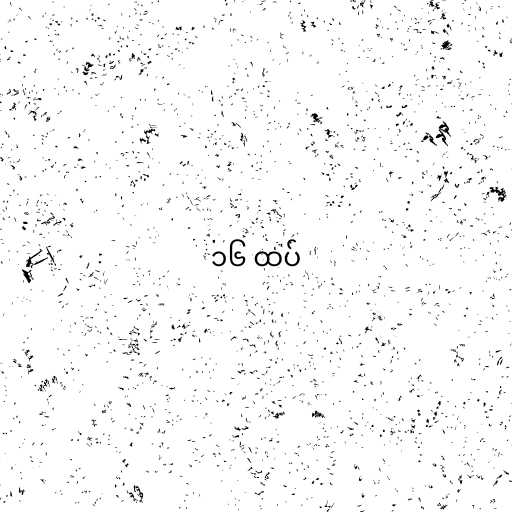
၁၆ ထပ်